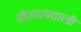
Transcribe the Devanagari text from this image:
सीतारामशास्त्रीं